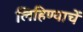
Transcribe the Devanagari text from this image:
लिहिण्याचें